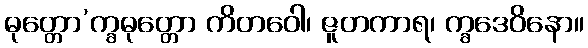
ဓုတ္တော’က္ခဓုတ္တော ကိတဝေါ၊ ဇူတကာရ၊ က္ခဒေဝိနော။